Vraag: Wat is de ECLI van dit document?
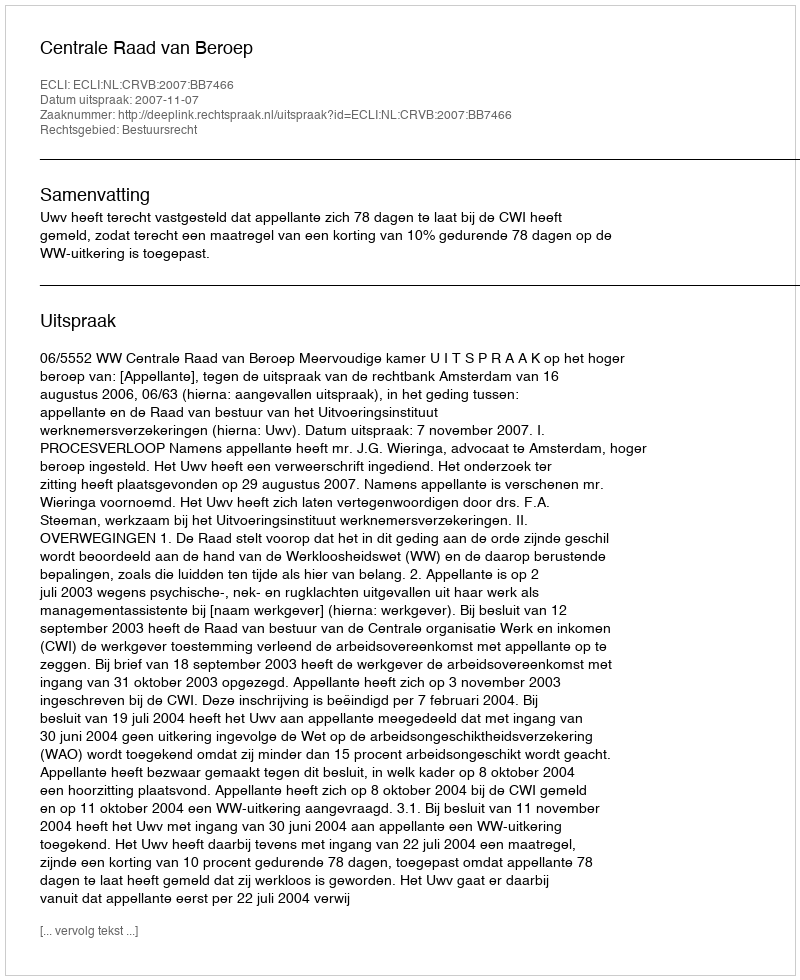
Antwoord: ECLI:NL:CRVB:2007:BB7466